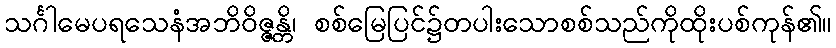
သင်္ဂါမေပရသေနံအဘိဝိဇ္ဇန္တိ၊ စစ်မြေပြင်၌တပါးသောစစ်သည်ကိုထိုးပစ်ကုန်၏။